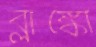
ব্লাঙ্কো